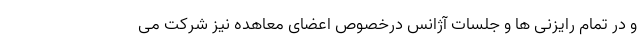
و در تمام رایزنی ها و جلسات آژانس درخصوص اعضای معاهده نیز شرکت می